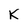
Character: K